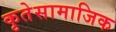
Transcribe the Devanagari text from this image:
कृतेसामाजिक